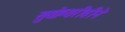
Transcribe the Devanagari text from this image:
सुयोग्यरीतीने